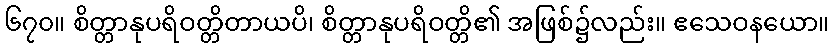
၆၇၀။ စိတ္တာနုပရိဝတ္တိတာယပိ၊ စိတ္တာနုပရိဝတ္တိ၏ အဖြစ်၌လည်း။ ဧသေဝနယော။